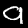
Label: 9